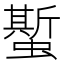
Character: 蟴